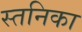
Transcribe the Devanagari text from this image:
स्तनिका